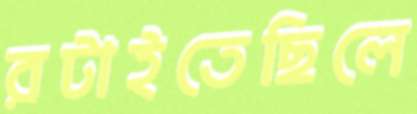
রটাইতেছিলে